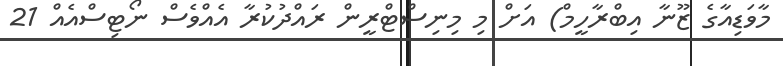
މާވަޑިއާގެ ޒޫނާ އިބްރާހީމް) އަށް މި މިނިސްޓްރީން ރައްދުކުރާ އެއްވެސް ނޯޓިސްއެއް 21